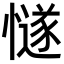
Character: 𢢝